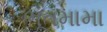
ભૂતમામા